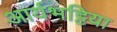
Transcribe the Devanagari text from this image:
आर्यभट्टिया